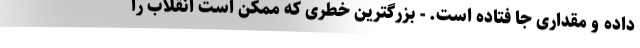
داده و مقداری جا فتاده است. - بزرگترین خطری که ممکن است انقلاب را